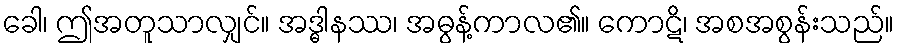
ခေါ၊ ဤအတူသာလျှင်။ အဒ္ဓါနဿ၊ အဓွန့်ကာလ၏။ ကောဋိ၊ အစအစွန်းသည်။